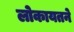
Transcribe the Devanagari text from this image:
लोकायतने